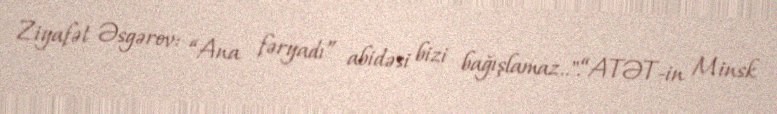
Ziyafət Əsgərov: “Ana fəryadı” abidəsi bizi bağışlamaz..".“ATƏT-in Minsk